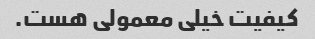
کیفیت خیلی معمولی هست.